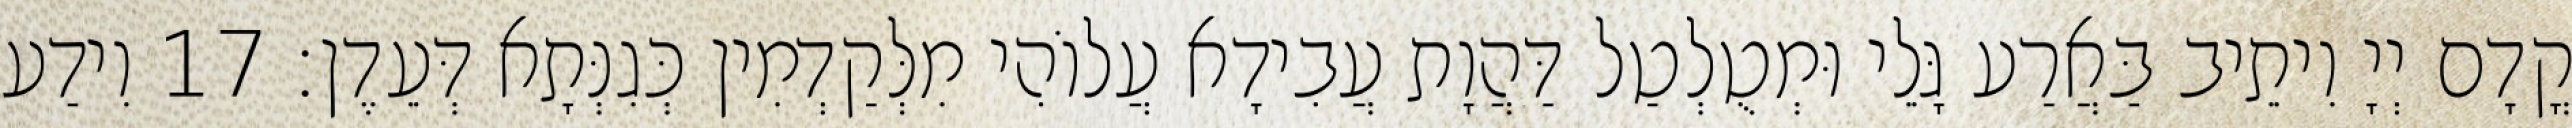
קֳדָם יְיָ וִיתֵיב בַּאֲרַע גָּלֵי וּמְטֻלְטַל דַּהֲוָת עֲבִידָא עֲלוֹהִי מִלְּקַדְמִין כְּגִנְּתָא דְּעֵדֶן׃ 17 וִידַע